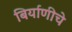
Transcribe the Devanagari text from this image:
बिर्याणीचे